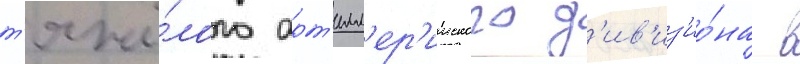
т'яжё́лого арт'илл'ер'ииского д'ив'из'ио́на в